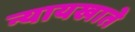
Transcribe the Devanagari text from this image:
न्यायखाते